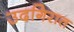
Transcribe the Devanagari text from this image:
उदगिरात